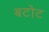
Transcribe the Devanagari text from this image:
बटोट